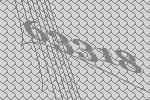
63318